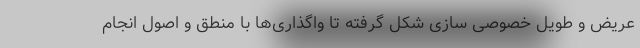
عریض و طویل خصوصی سازی شکل گرفته تا واگذاری‌ها با منطق و اصول انجام